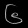
Digit: ၆